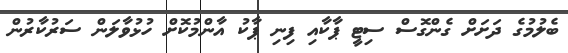
ބެލުމުގެ ދަށަށް ގެންގޮސް ސިޓީ ޕާކާއި ފިނި ޕާކު އާންމުކޮށް ހުޅުވާލަން ސަރުކާރުން